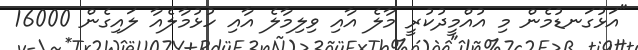
"އަޅުގަނޑުމެން މި އުއްމީދުކުރީ މާލެ އާއި ވިލިމާލެ އާއި ހުޅުމާލެއާ ލައިގެން 16000